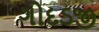
ગોદડજી